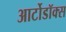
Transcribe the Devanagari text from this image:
आर्टोडॉक्स